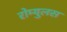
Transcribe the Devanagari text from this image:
रोम्युलस